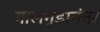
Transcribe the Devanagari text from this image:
गालगुंडानंतर